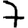
Digit: 7